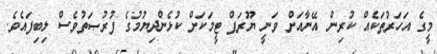
މީގެ އަހަރުތަކެއް ކުރިން އޭނާއަށް ވަނީ ޔޫރަޕް ޓީމަކަށް ކުޅެންދިޔުމުގެ ފުރުޞަތުވެސް ލިބިފައެވެ.